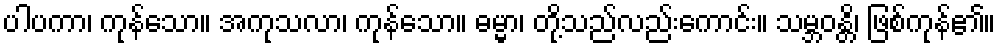
ပါပကာ၊ ကုန်သော။ အကုသလာ၊ ကုန်သော။ ဓမ္မာ၊ တို့သည်လည်းကောင်း။ သမ္ဘဝန္တိ၊ ဖြစ်ကုန်၏။